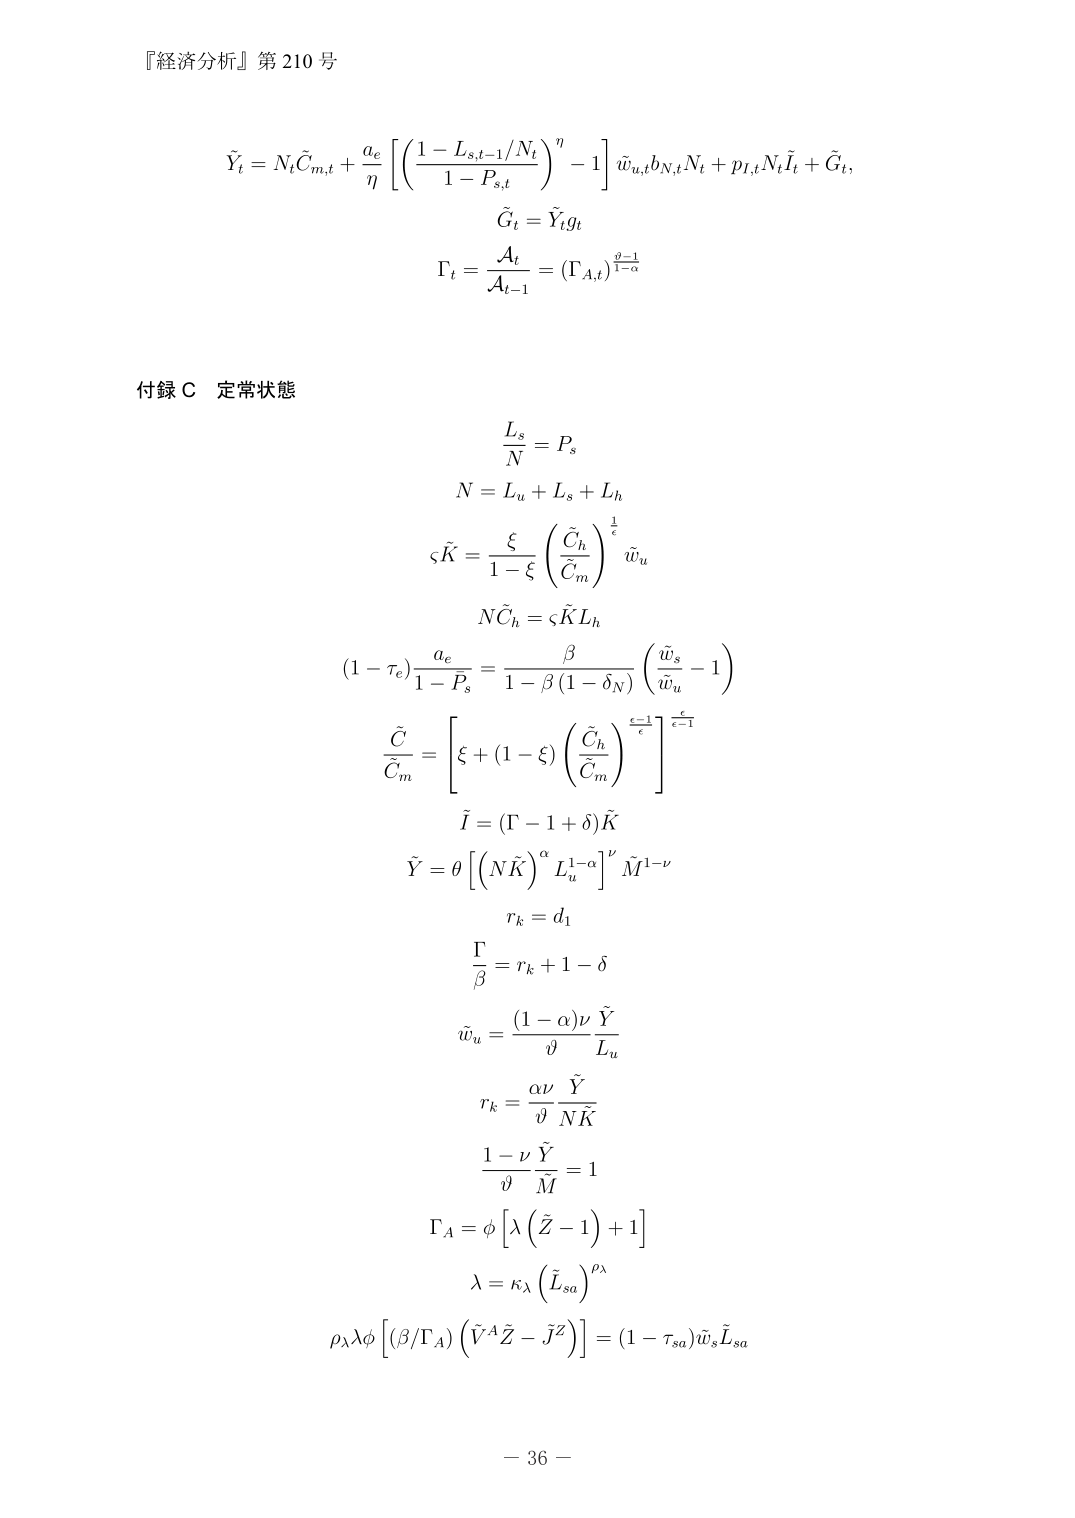
『経済分析』第 210 号

\[
\tilde{Y}_t = N_t \tilde{C}_{m,t} + \frac{a_e}{\eta} \left[ \left( \frac{1 - L_{s,t-1}/N_t}{1 - P_{s,t}} \right)^\eta - 1 \right] \tilde{w}_{u,t} b_{N,t} N_t + p_{I,t} N_t \tilde{I}_t + \tilde{G}_t,
\]

\[
\tilde{G}_t = \tilde{Y}_t g_t
\]

\[
\Gamma_t = \frac{\mathcal{A}_t}{\mathcal{A}_{t-1}} = (\Gamma_{A,t})^{\frac{\varrho - 1}{1 - \alpha}}
\]

付録 C 定常状態

\[
\frac{L_s}{N} = P_s
\]

\[
N = L_u + L_s + L_h
\]

\[
\varsigma \tilde{K} = \frac{\xi}{1 - \xi} \left( \frac{\tilde{C}_h}{\tilde{C}_m} \right)^{\frac{1}{\varepsilon}} \tilde{w}_u
\]

\[
N \tilde{C}_h = \varsigma \tilde{K} L_h
\]

\[
(1 - \tau_e) \frac{a_e}{1 - P_s} = \frac{\beta}{1 - \beta (1 - \delta_N)} \left( \frac{\tilde{w}_s}{\tilde{w}_u} - 1 \right)
\]

\[
\frac{\tilde{C}}{\tilde{C}_m} = \left[ \xi + (1 - \xi) \left( \frac{\tilde{C}_h}{\tilde{C}_m} \right)^{\frac{\varepsilon - 1}{\varepsilon}} \right]^{\frac{\varepsilon}{\varepsilon - 1}}
\]

\[
\tilde{I} = (\Gamma - 1 + \delta) \tilde{K}
\]

\[
\tilde{Y} = \theta \left[ \left( N \tilde{K} \right)^\alpha L_u^{1 - \alpha} \right]^\nu \tilde{M}^{1 - \nu}
\]

\[
r_k = d_1
\]

\[
\frac{\Gamma}{\beta} = r_k + 1 - \delta
\]

\[
\tilde{w}_u = \frac{(1 - \alpha) \nu}{\vartheta} \frac{\tilde{Y}}{L_u}
\]

\[
r_k = \frac{\alpha \nu}{\vartheta} \frac{\tilde{Y}}{N \tilde{K}}
\]

\[
\frac{1 - \nu}{\vartheta} \frac{\tilde{Y}}{\tilde{M}} = 1
\]

\[
\Gamma_A = \phi \left[ \lambda \left( \tilde{Z} - 1 \right) + 1 \right]
\]

\[
\lambda = \kappa_\lambda \left( \tilde{L}_{sa} \right)^{\rho_\lambda}
\]

\[
\rho_\lambda \lambda \phi \left[ \left( \beta / \Gamma_A \right) \left( \tilde{V}^A \tilde{Z} - \tilde{J}^Z \right) \right] = (1 - \tau_{sa}) \tilde{w}_s \tilde{L}_{sa}
\]

－ 36 －